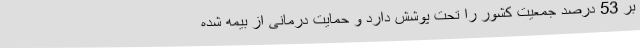
بر 53 درصد جمعیت کشور را تحت پوشش دارد و حمایت درمانی از بیمه شده